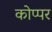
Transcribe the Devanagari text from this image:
कोप्पर